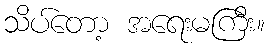
သိပ်တော့ အရေးမကြီး။